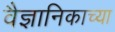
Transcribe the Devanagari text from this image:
वैज्ञानिकाच्या